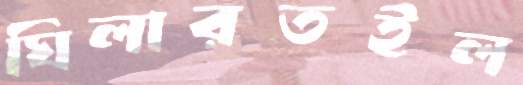
ঘিলারতইল